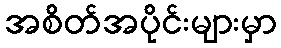
အစိတ်အပိုင်းများမှာ